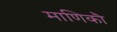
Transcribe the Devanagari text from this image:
माणिकौ